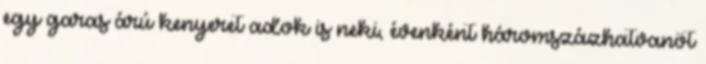
egy garas árú kenyeret adok is neki, évenként háromszázhatvanöt